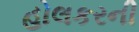
હોલકરની